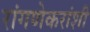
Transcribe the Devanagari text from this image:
रांगणेकरांशी